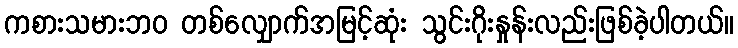
ကစားသမားဘ၀ တစ်လျှောက်အမြင့်ဆုံး သွင်းဂိုးနှုန်းလည်းဖြစ်ခဲ့ပါတယ်။